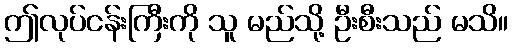
ဤလုပ်ငန်းကြီးကို သူ မည်သို့ ဦးစီးသည် မသိ။